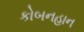
કોબનહાન